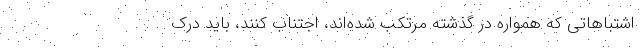
اشتباهاتی که همواره در گذشته مرتکب شده‌اند، اجتناب کنند، باید درک